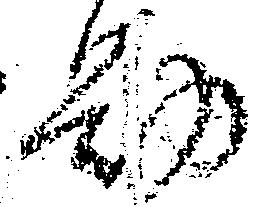
勤